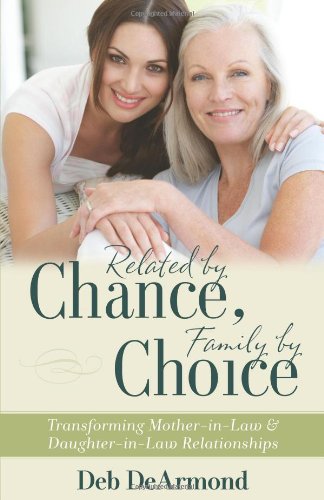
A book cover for Related by Chance, Family by Choice: Transforming Mother-in-Law and Daughter-in-Law Relationships; Deb DeArmond; Christian Books & Bibles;